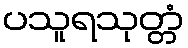
ပသူရသုတ္တံ